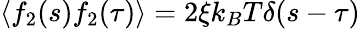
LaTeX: \langle f_{2}(s)f_{2}(\tau)\rangle=2\xi k_{B}T\delta(s-\tau)